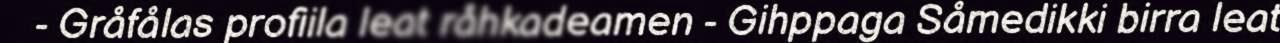
- Gråfålas profiila leat råhkadeamen - Gihppaga Såmedikki birra leat